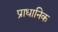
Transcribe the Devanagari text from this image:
प्राधानिक